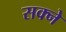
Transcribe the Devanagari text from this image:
सक्ने